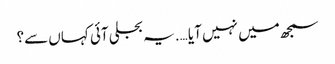
سمجھ میں نہیں آیا ….یہ بجلی آئی کہاں سے؟